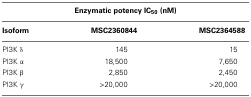
| <COLSPAN=3> Enzymatic potency IC50 (nM) |
 | Isoform | MSC2360844 | MSC2364588 |
 | --- | --- | --- |
 | PI3K δ | 145 | 15 |
 | PI3K α | 18,500 | 7,650 |
 | PI3K β | 2,850 | 2,450 |
 | PI3K γ | >20,000 | >20,000 |